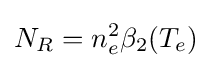
N_{R}=n_{e}^{2}\beta _{2}(T_{e})